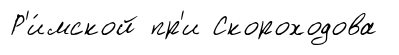
Р'и́мской пр'и Скороходова